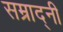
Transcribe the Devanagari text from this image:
सम्राद्नी